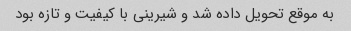
به موقع تحویل داده شد و شیرینی با کیفیت و تازه بود